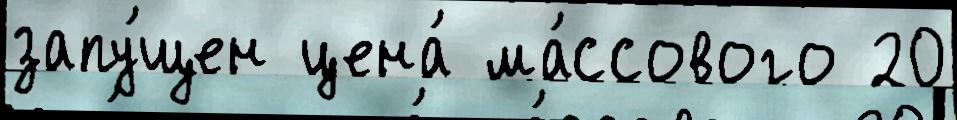
запу́щен цена́ ма́ссового 20